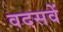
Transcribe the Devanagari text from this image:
वदसवें